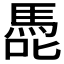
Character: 𭊢